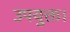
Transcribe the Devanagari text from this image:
उपयुक्त।